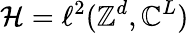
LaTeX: {\cal\mathcal{H}}=\ell^{2}({\mathbb{Z}}^{d},{\mathbb{C}}^{L})